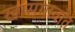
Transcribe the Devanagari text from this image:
खासगावांत